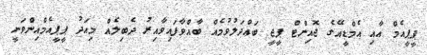
ޕީޕީއެމް އާއި އެމްޑީއޭގެ ޖޮއިންޓް ޕީޖީ ބައްދަލުވުމެއް ބާއްވާފައިވާއިރު ދެބިލެއް މިއަދު ޕީޕީއެމްއިންވަނީ